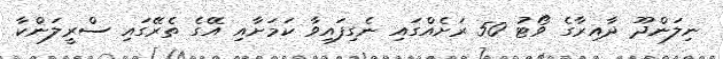
ނިލަންދޫ ދާއިރާގެ ވޯޓު 50 ރަށެއްގައި ނެގިފައިވާ ކަމަށާއި އޭގެ ތެރޭގައި ސްރީލަންކާ